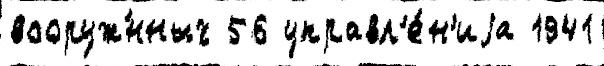
вооруж́нных 56 управл'е́н'иjа 1941